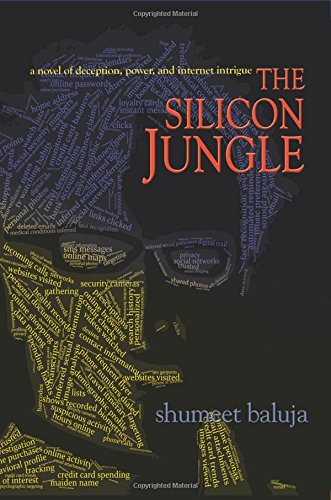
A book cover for The Silicon Jungle: A Novel of Deception, Power, and Internet Intrigue; Shumeet Baluja; Mystery, Thriller & Suspense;